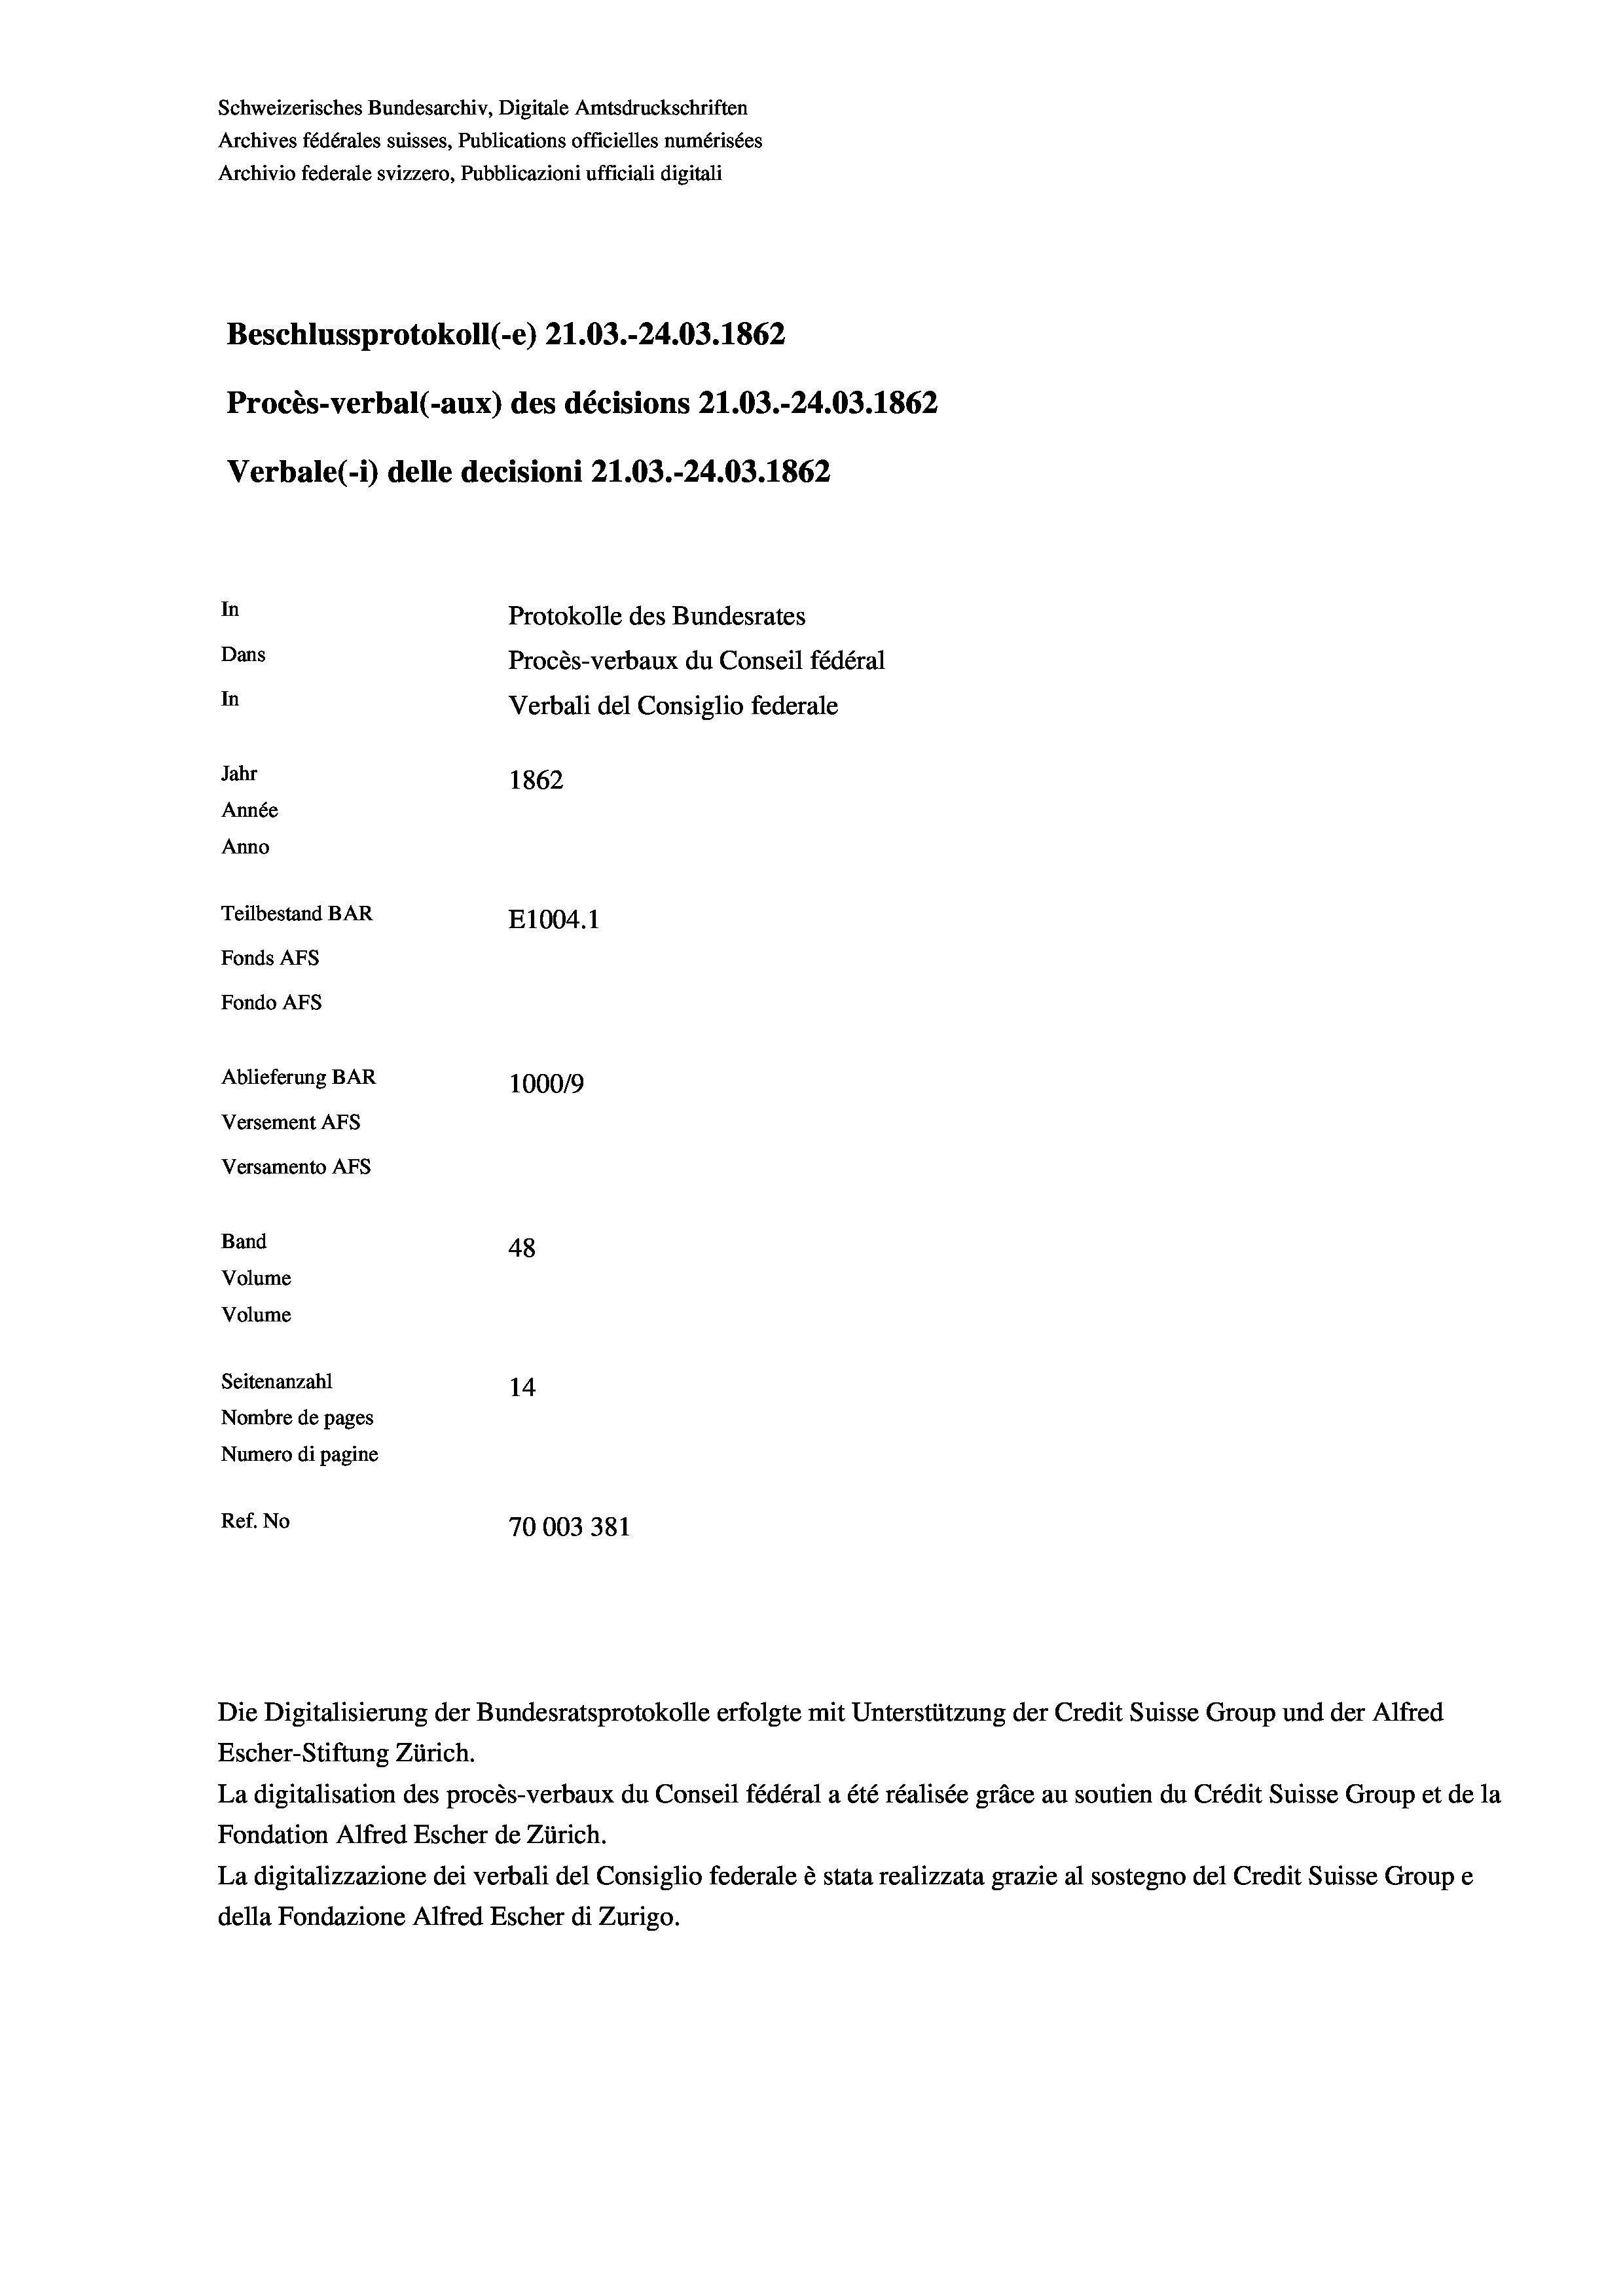
Schweizerisches Bundesarchiv, Digitale Amtsdruckschriften
Archives fédérales suisses, Publications officielles numérisées
Archivio federale svizzero, Pubblicazioni ufficiali digitali
Beschlussprotokoll (-e) 21.03.-24.03. 1862
Procès-verbal (-aux) des décisions 21.03.-24.03. 1862
Verbale(-*) delle decisioni 21.03.-24.03. 1862
In
Protokolle des Bundesrates
Dans
Procès-verbaux du Conseil fédéral
In
Verbali del Consiglio federale
Jahr
1862
Année
Anno
Teilbestand BAR
E1004. 1
Fonds AFs
Fondo Afs
Ablieferung BAR
100019
Versement AFs
Versamento Afs
Band
48
Volume
Volume

Seitenanzahl
14
Nombre de pages
Numero di pagine
Ref. No
70003381

Escher-Stiftung Zürich.
La digitalisation des procès-verbaux du Conseil fédéral a été réalisée gräce au soutien du Crédit Suisse Group et de la
Fondation Alfred Escher de Zürich.
La digitalizzazione dei verbali del Consiglio federale è stata realizzata grazie al sostegno del Credit Suisse Groupe
della Fondazione Alfred Escher di Zurigo.

Die Digitalisierung der Bundesratsprotokolle erfolgte mit Unterstützung der Credit Suisse Group und der Alfred